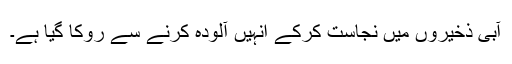
آبی ذخیروں میں نجاست کرکے انہیں آلودہ کرنے سے روکا گیا ہے۔